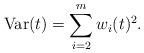
LaTeX: \begin{align*} {\rm Var}(t) = \sum_{i=2}^m w_i(t)^2 .\end{align*}